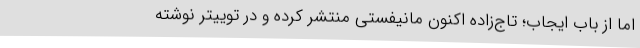
اما از باب ایجاب؛ تاج‌زاده اکنون مانیفستی منتشر کرده و در توییتر نوشته